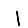
Digit: 1